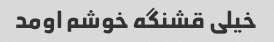
خیلی قشنگه خوشم اومد